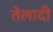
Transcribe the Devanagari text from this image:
तेलादी